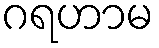
ဂရဟာမ